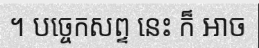
។ បច្ចេកសព្ទ នេះ ក៏ អាច